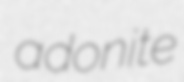
adonite